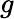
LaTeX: g